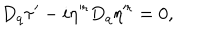
D _ { q } \tau ^ { \prime } - i \eta ^ { \prime r } D _ { q } \eta ^ { \prime r } = 0 ,